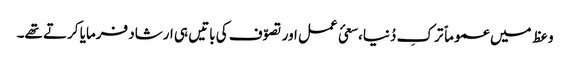
وعظ میں عموماً ترکِ دُنیا،سعئ عمل اور تصوّف کی باتیں ہی ارشاد فرمایا کرتے تھے۔